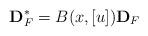
LaTeX: \begin{align*}\bold{D}^{\ast}_F=B(x,[u])\bold{D}_F\end{align*}